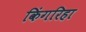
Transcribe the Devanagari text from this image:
किंगरिहा